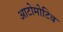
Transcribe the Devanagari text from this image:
आटोमोटिव